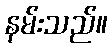
နမ်းသည်။